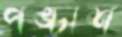
পঙ্চাশ